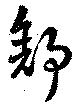
舒